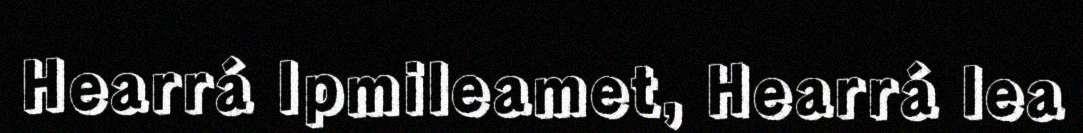
Hearrá Ipmileamet, Hearrá lea